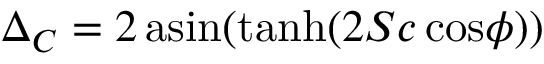
\Delta _ { C } = 2 \, \mathrm { a s i n } ( \mathrm { t a n h } ( 2 S c \, \mathrm { c o s } \phi ) )